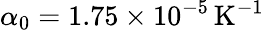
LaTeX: \alpha_{0}=1.75\times 10^{-5}\, \mathrm{K^{-1}}